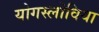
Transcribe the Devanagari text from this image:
योगस्लोविया